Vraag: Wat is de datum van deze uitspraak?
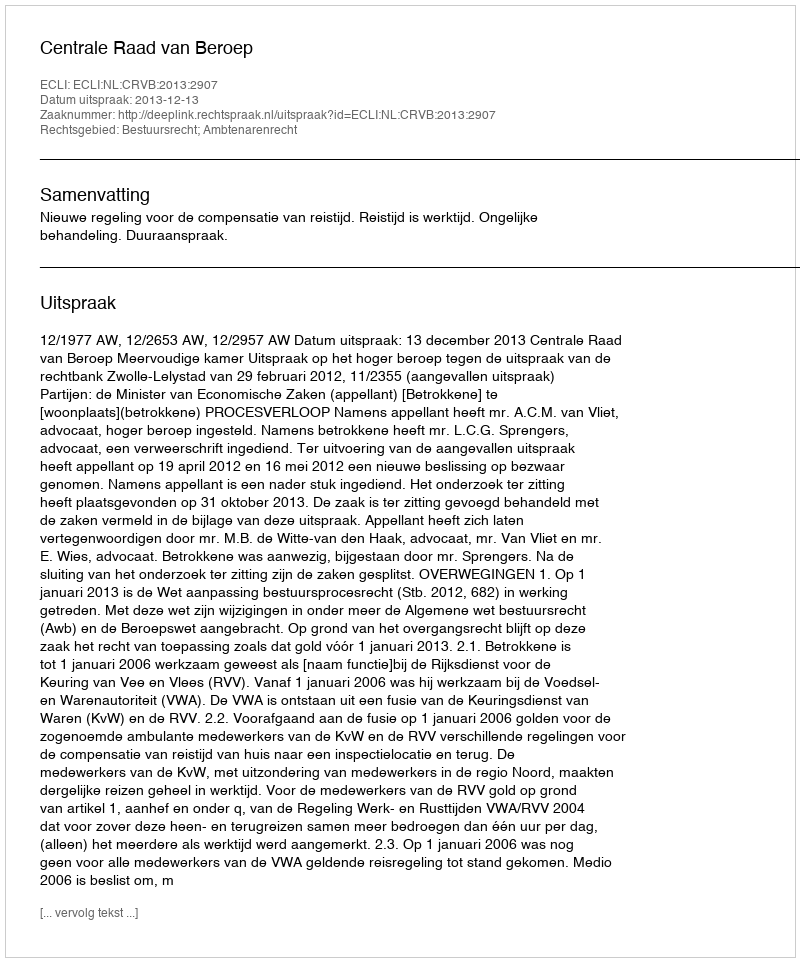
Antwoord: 2013-12-13